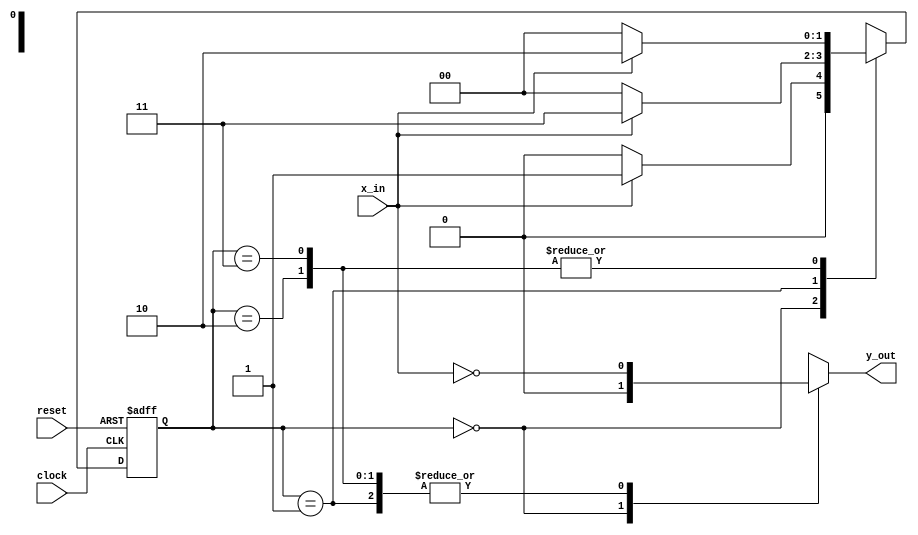
module Mealy_Zero_Detector(
	output reg y_out,
	input x_in,clock,reset
	);
	reg [1:0]state,next_state;
	parameter S0=2'b00,S1=2'b01,S2=2'b10,S3=2'b11;
	always@(posedge clock,negedge reset)
		if(reset==0) state<=0;
		else state<=next_state;
	always@(state,x_in)
		case(state)
			S0:if(x_in) next_state=S1; else next_state=S0;
			S1:if(x_in) next_state=S3; else next_state=S0;
			S2:if(x_in) next_state=S2; else next_state=S0;
			S3:if(x_in) next_state=S2; else next_state=S0;
		endcase
	always@(state,x_in)
		case(state)
			S0:y_out=0;
			S1,S2,S3:y_out=~x_in;
		endcase
endmodule